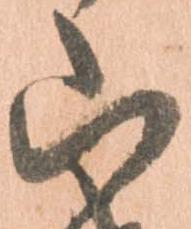
山